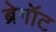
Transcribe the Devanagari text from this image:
ब्रेगॉट